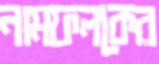
নামফলকের